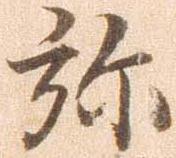
弥